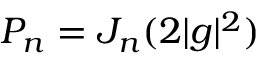
P _ { n } = J _ { n } ( 2 | g | ^ { 2 } )